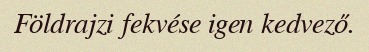
Földrajzi fekvése igen kedvező.